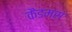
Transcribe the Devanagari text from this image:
कैडमस